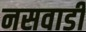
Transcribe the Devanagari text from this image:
नसवाडी